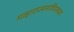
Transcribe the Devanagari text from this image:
माहाराज्यमाधिपत्यमयं